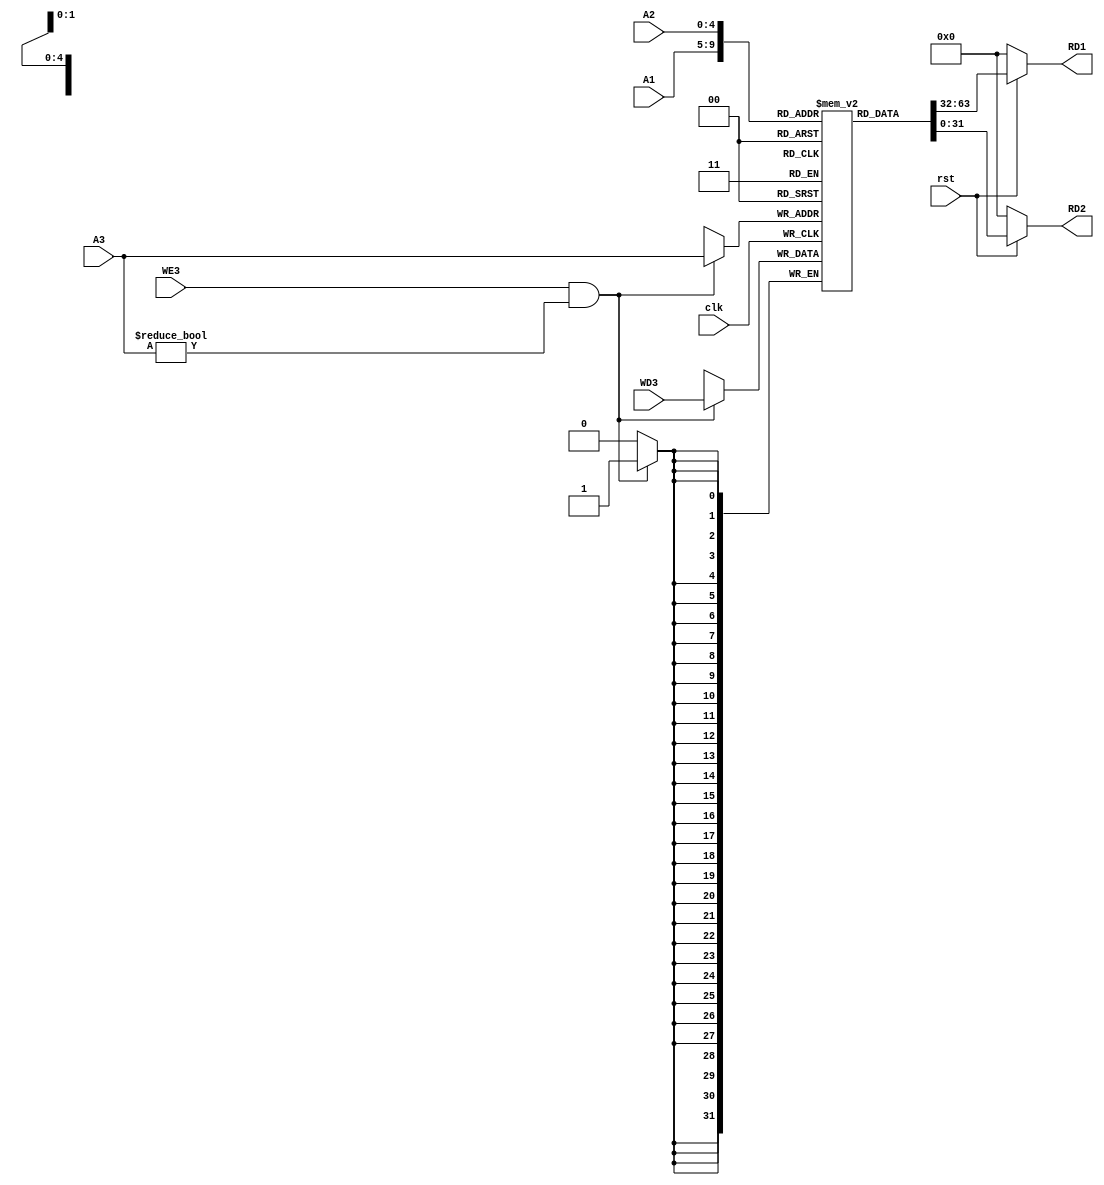
module Register_File(clk,rst,WE3,WD3,A1,A2,A3,RD1,RD2);

    input clk,rst,WE3;
    input [4:0]A1,A2,A3;
    input [31:0]WD3;
    output [31:0]RD1,RD2;

    reg [31:0] Register [31:0];

    always @ (posedge clk)
    begin
        if(WE3 & (A3 != 5'h00))
            Register[A3] <= WD3;
    end

    assign RD1 = (rst==1'b0) ? 32'd0 : Register[A1];
    assign RD2 = (rst==1'b0) ? 32'd0 : Register[A2];

    initial begin
        Register[0] = 32'h00000000;
    end

endmodule